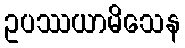
ဥပဿယာမိသေန